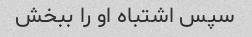
سپس اشتباه او را ببخش